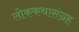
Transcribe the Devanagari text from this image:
लोककथासंग्रह